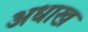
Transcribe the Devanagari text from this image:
अधाख